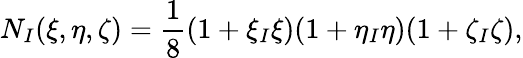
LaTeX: N_{I}(\xi,\eta,\zeta)=\frac{1}{8}(1+\xi_{I}\xi)(1+\eta_{I}\eta)(1+\zeta_{I}\zeta),